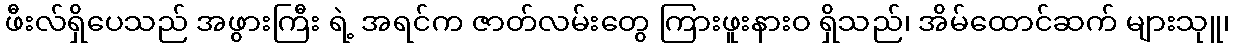
ဖီးလ်ရှိပေသည် အဖွားကြီး ရဲ့ အရင်က ဇာတ်လမ်းတွေ ကြားဖူးနားဝ ရှိသည်၊ အိမ်ထောင်ဆက် များသုူ၊